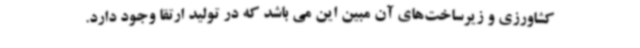
کشاورزی و زیرساخت‌های آن مبین این می باشد که در تولید ارتقا وجود دارد.